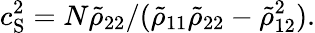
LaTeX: c_{\mathrm{S}}^{2}=N\tilde{\rho}_{22}/(\tilde{\rho}_{11}\tilde{\rho}_{22}-\tilde{\rho}_{12}^{2}).